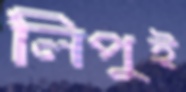
লিপুই